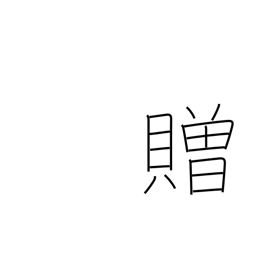
Meaning: confer on